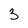
Character: 3